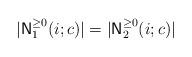
LaTeX: \begin{align*}|{\sf N}_1^{\geq 0}(i; c)| = |{\sf N}_2^{\geq 0}(i; c)|\end{align*}